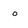
Character: o